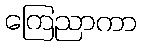
ကြေညာကာ